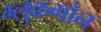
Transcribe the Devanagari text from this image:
ग्लुकगोन